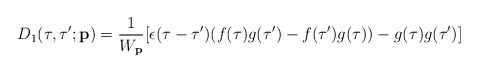
\begin{align*}D_1(\tau ,\tau ';{\bf p})=\frac{1}{W_{\bf p}}[\epsilon (\tau -\tau')(f(\tau ) g(\tau ')-f(\tau ')g(\tau ))-g(\tau )g(\tau ')]\end{align*}